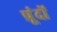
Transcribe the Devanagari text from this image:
प्रूंदों